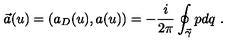
\vec { a } ( u ) = ( a _ { D } ( u ) , a ( u ) ) = - { \frac { i } { 2 \pi } } \oint _ { \vec { \gamma } } p d q \ .